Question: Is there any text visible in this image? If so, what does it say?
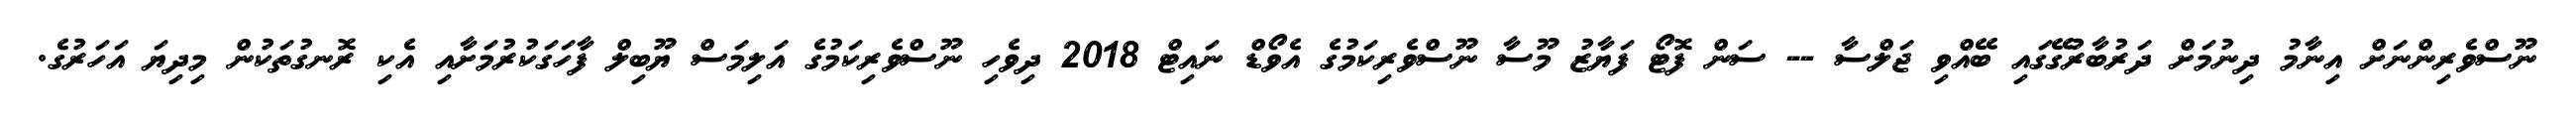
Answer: ނޫސްވެރިންނަށް އިނާމު ދިނުމަށް ދަރުބާރުގޭގައި ބޭއްވި ޖަލްސާ -- ސަން ފޮޓޯ ފަޔާޒު މޫސާ ނޫސްވެރިކަމުގެ އެވޯޑް ނައިޓް 2018 ދިވެހި ނޫސްވެރިކަމުގެ އަލިމަސް ޔޫބިލް ފާހަގަކުރުމަށާއި އެކި ރޮނގުތަކުން މިދިޔަ އަހަރުގެ.